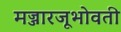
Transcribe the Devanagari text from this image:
मज्जारजूभोवती